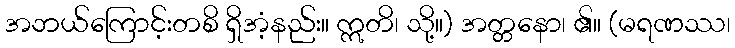
အဘယ်ကြောင့်းတစိ ရှိအံ့နည်း။ ဣတိ၊ သို့။) အတ္တနော၊ ၏။ (မရဏဿ၊